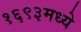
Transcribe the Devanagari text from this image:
१६९३मध्ये